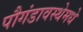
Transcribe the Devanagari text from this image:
पौगंडावस्थेमधे